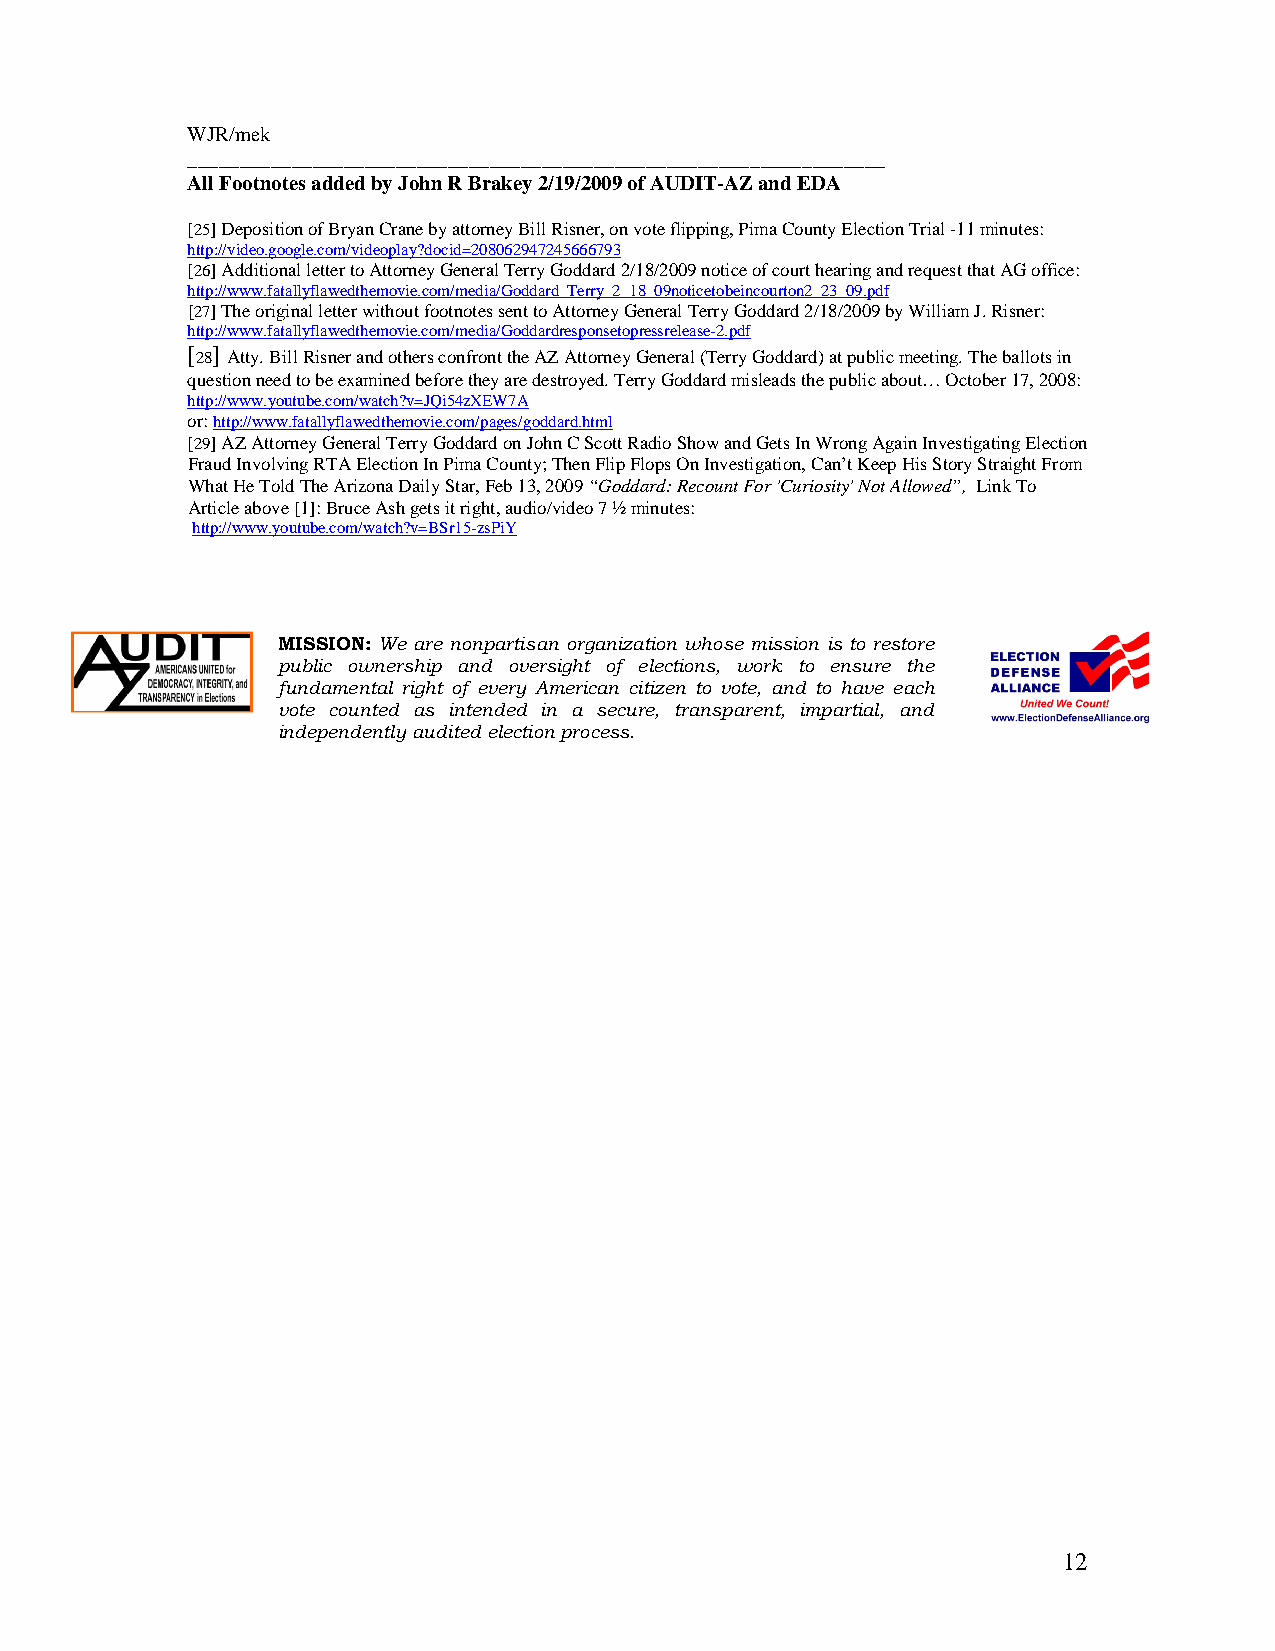
WJR/mek
 ___________________________________________________________________
 All Footnotes added by John R Brakey 2/19/2009 of AUDIT-AZ and EDA
 [25] Deposition of Bryan Crane by attorney Bill Risner, on vote flipping, Pima County Election Trial -11 minutes:
 http://video.google.com/videoplay?docid=208062947245666793
 [26] Additional letter to Attorney General Terry Goddard 2/18/2009 notice of court hearing and request that AG office:
 http://www.fatallyflawedthemovie.com/media/Goddard_Terry_2_18_09noticetobeincourton2_23_09.pdf
 [27] The original letter without footnotes sent to Attorney General Terry Goddard 2/18/2009 by William J. Risner:
 http://www.fatallyflawedthemovie.com/media/Goddardresponsetopressrelease-2.pdf
 [ 28] Atty. Bill Risner and others confront the AZ Attorney General (Terry Goddard) at public meeting. The ballots in
 question need to be examined before they are destroyed. Terry Goddard misleads the public about… October 17, 2008:
 http://www.youtube.com/watch?v=JQi54zXEW7A
 or: http://www.fatallyflawedthemovie.com/pages/goddard.html
 [29] AZ Attorney General Terry Goddard on John C Scott Radio Show and Gets In Wrong Again Investigating Election
 Fraud Involving RTA Election In Pima County; Then Flip Flops On Investigation, Can’t Keep His Story Straight From
 What He Told The Arizona Daily Star, Feb 13, 2009 “Goddard: Recount For 'Curiosity' Not Allowed”, Link To
 Article above [1]: Bruce Ash gets it right, audio/video 7 ½ minutes:
 http://www.youtube.com/watch?v=BSr15-zsPiY
 MISSION: We are nonpartisan organization whose mission is to restore
 public ownership and oversight of elections, work to ensure the
 fundamental right of every American citizen to vote, and to have each
 vote counted as intended in a secure, transparent, impartial, and
 independently audited election process.
 12